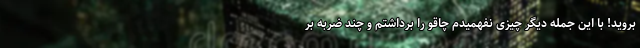
بروید! با این جمله دیگر چیزی نفهمیدم چاقو را برداشتم و چند ضربه بر